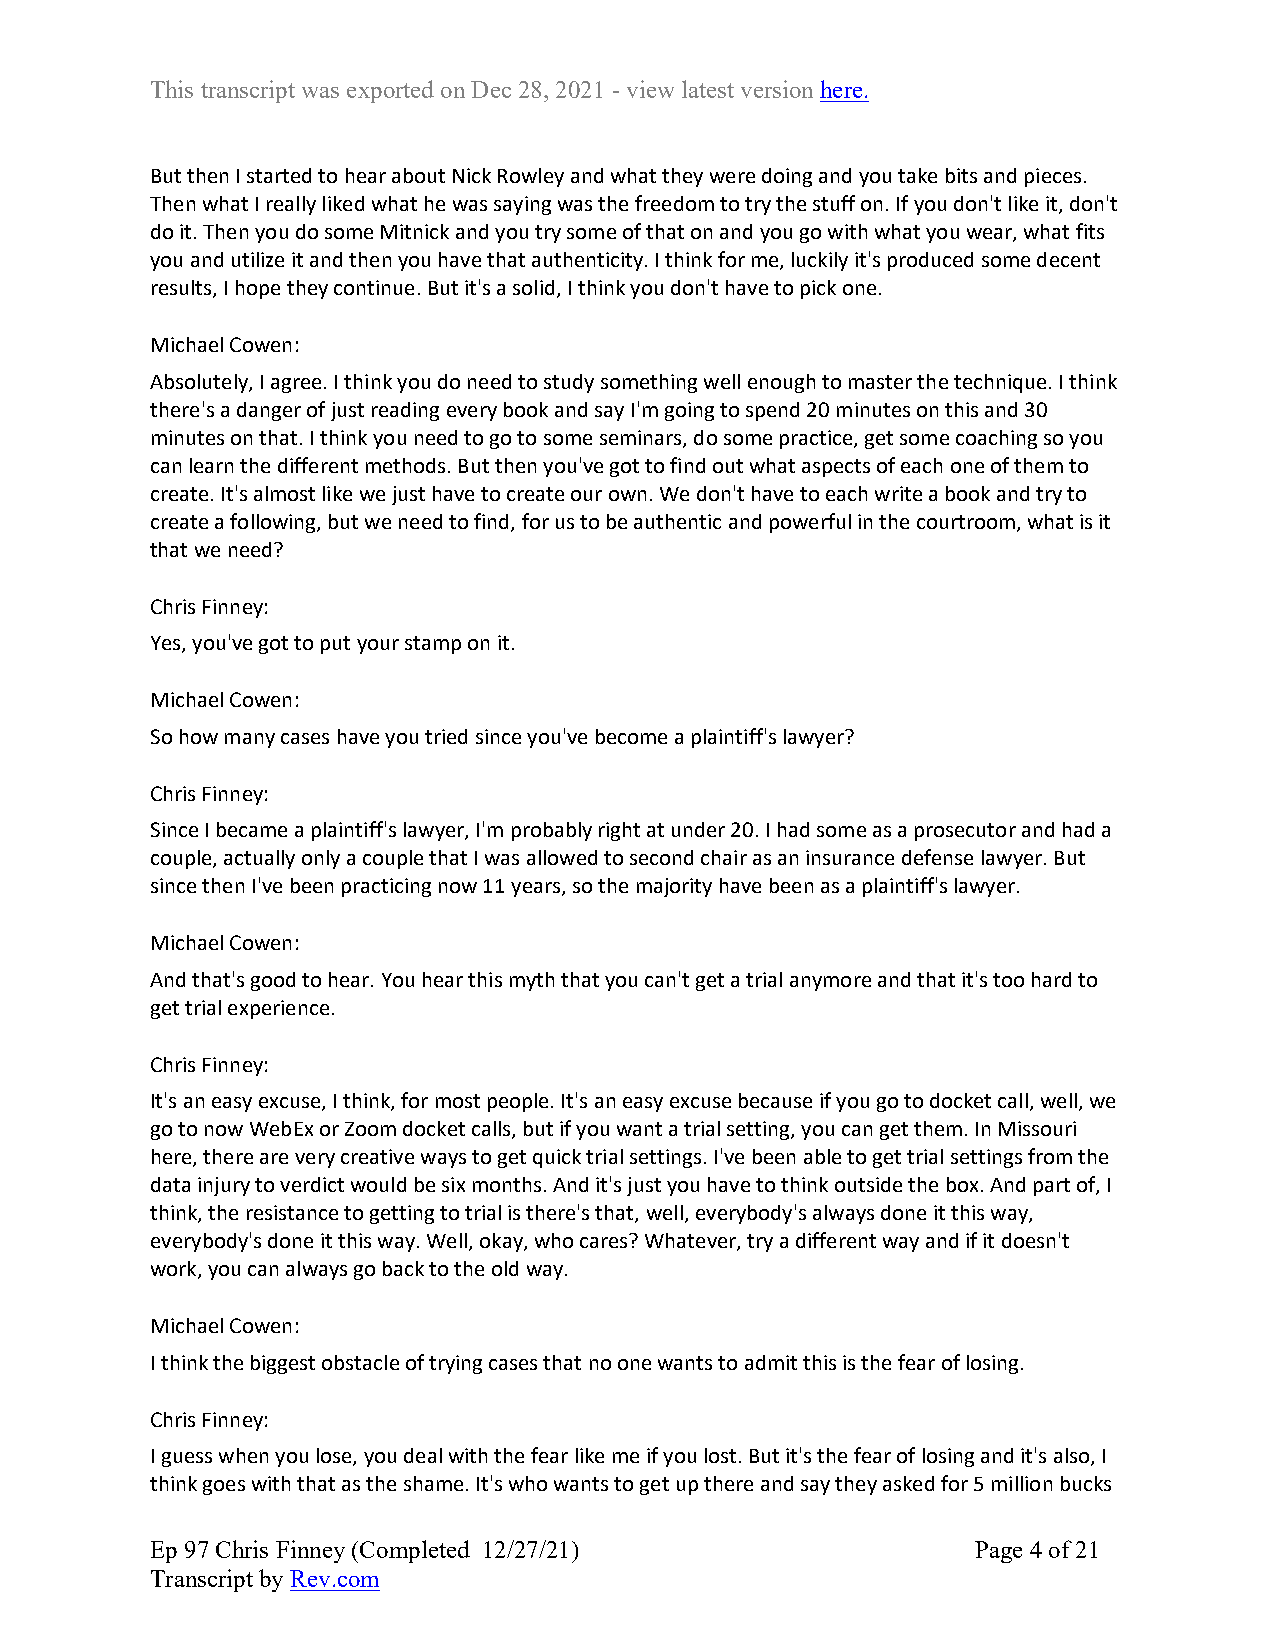
This transcript was exported on Dec 28, 2021 - view latest version here.
 But then I started to hear about Nick Rowley and what they were doing and you take bits and pieces.
 Then what I really liked what he was saying was the freedom to try the stuff on. If you don't like it, don't
 do it. Then you do some Mitnick and you try some of that on and you go with what you wear, what fits
 you and utilize it and then you have that authenticity. I think for me, luckily it's produced some decent
 results, I hope they continue. But it's a solid, I think you don't have to pick one.
 Michael Cowen:
 Absolutely, I agree. I think you do need to study something well enough to master the technique. I think
 there's a danger of just reading every book and say I'm going to spend 20 minutes on this and 30
 minutes on that. I think you need to go to some seminars, do some practice, get some coaching so you
 can learn the different methods. But then you've got to find out what aspects of each one of them to
 create. It's almost like we just have to create our own. We don't have to each write a book and try to
 create a following, but we need to find, for us to be authentic and powerful in the courtroom, what is it
 that we need?
 Chris Finney:
 Yes, you've got to put your stamp on it.
 Michael Cowen:
 So how many cases have you tried since you've become a plaintiff's lawyer?
 Chris Finney:
 Since I became a plaintiff's lawyer, I'm probably right at under 20. I had some as a prosecutor and had a
 couple, actually only a couple that I was allowed to second chair as an insurance defense lawyer. But
 since then I've been practicing now 11 years, so the majority have been as a plaintiff's lawyer.
 Michael Cowen:
 And that's good to hear. You hear this myth that you can't get a trial anymore and that it's too hard to
 get trial experience.
 Chris Finney:
 It's an easy excuse, I think, for most people. It's an easy excuse because if you go to docket call, well, we
 go to now WebEx or Zoom docket calls, but if you want a trial setting, you can get them. In Missouri
 here, there are very creative ways to get quick trial settings. I've been able to get trial settings from the
 data injury to verdict would be six months. And it's just you have to think outside the box. And part of, I
 think, the resistance to getting to trial is there's that, well, everybody's always done it this way,
 everybody's done it this way. Well, okay, who cares? Whatever, try a different way and if it doesn't
 work, you can always go back to the old way.
 Michael Cowen:
 I think the biggest obstacle of trying cases that no one wants to admit this is the fear of losing.
 Chris Finney:
 I guess when you lose, you deal with the fear like me if you lost. But it's the fear of losing and it's also, I
 think goes with that as the shame. It's who wants to get up there and say they asked for 5 million bucks
 Ep 97 Chris Finney (Completed 12/27/21)                Page 4 of 21
 Transcript by Rev.com